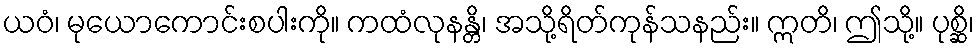
ယဝံ၊ မုယောကောင်းစပါးကို။ ကထံလုနန္တိ၊ အသို့ရိတ်ကုန်သနည်း။ ဣတိ၊ ဤသို့။ ပုစ္ဆိ၊